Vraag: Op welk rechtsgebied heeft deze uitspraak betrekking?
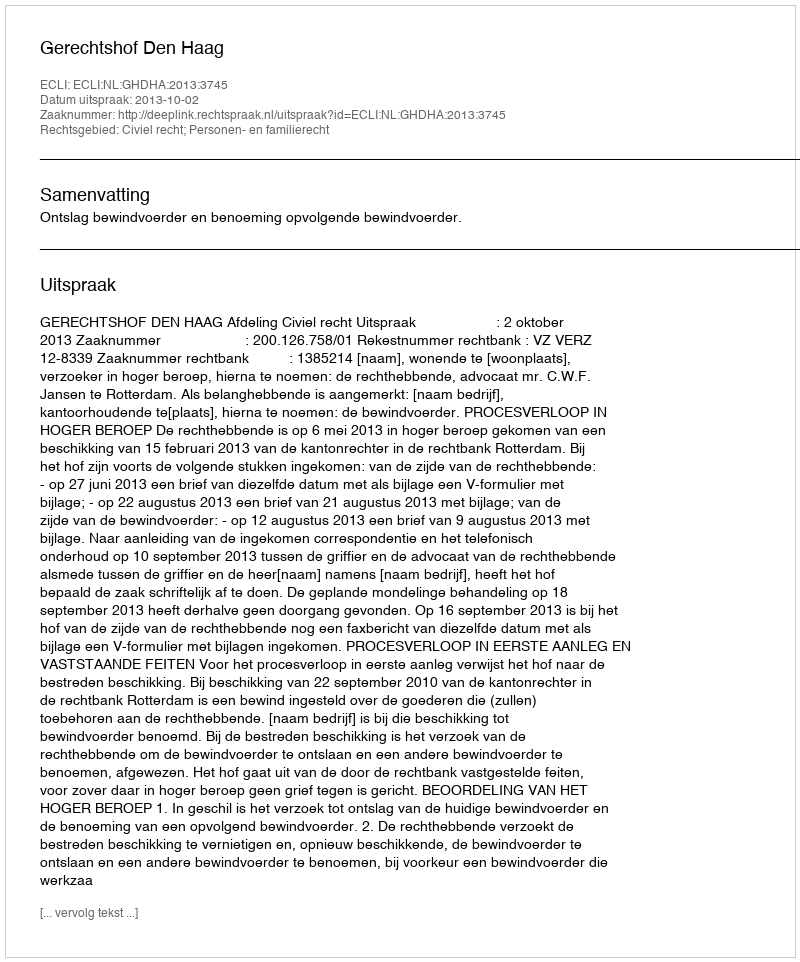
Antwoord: Civiel recht; Personen- en familierecht